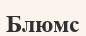
Блюмс